Malaria in the Punjab - Number 46
Disease focus: Malaria
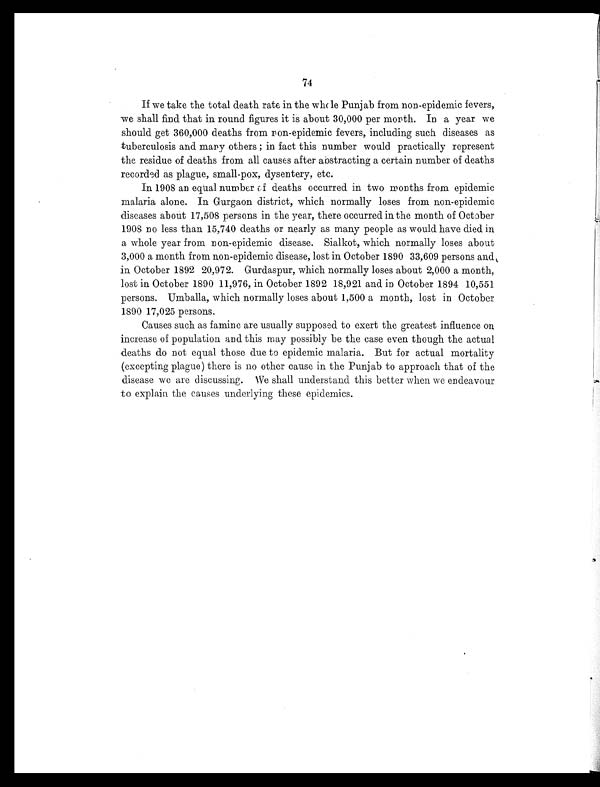
74
If we take the total death rate in the whole Punjab from non-epidemic fevers,
we shall find that in round figures it is about 30,000 per month. In a year we
should get 360,000 deaths from non-epidemic fevers, including such diseases as
tuberculosis and many others; in fact this number would practically represent
the residue of deaths from all causes after abstracting a certain number of deaths
recorded as plague, small-pox, dysentery, etc.
In 1908 an equal number of deaths occurred in two months from epidemic
malaria alone. In Gurgaon district, which normally loses from non-epidemic
diseases about 17,508 persons in the year, there occurred in the month of October
1908 no less than 15,740 deaths or nearly as many people as would have died in
a whole year from non-epidemic disease. Sialkot, which normally loses about
3,000 a month from non-epidemic disease, lost in October 1890 33,609 persons and
in October 1892 20,972. Gurdaspur, which normally loses about 2,000 a month,
lost in October 1890 11,976, in October 1892 18,921 and in October 1894 10,551
persons. Umballa, which normally loses about 1,500 a month, lost in October
1890 17,025 persons.
Causes such as famine are usually supposed to exert the greatest influence on
increase of population and this may possibly be the case even though the actual
deaths do not equal those due to epidemic malaria. But for actual mortality
(excepting plague) there is no other cause in the Punjab to approach that of the
disease we are discussing. We shall understand this better when we endeavour
to explain the causes underlying these epidemics.